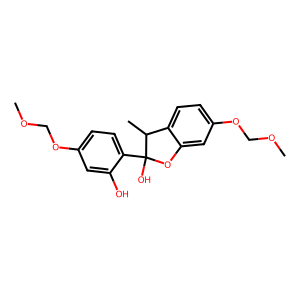
SMILES: COCOc1ccc(C2(O)Oc3cc(OCOC)ccc3C2C)c(O)c1
Inhibits HIV replication: No